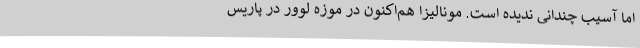
اما آسیب چندانی ندیده ‌است. مونالیزا هم‌اکنون در موزه لوور در پاریس